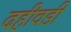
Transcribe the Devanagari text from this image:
दहीवडी